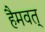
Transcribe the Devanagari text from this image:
हैमवत्